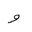
Letter: _waw